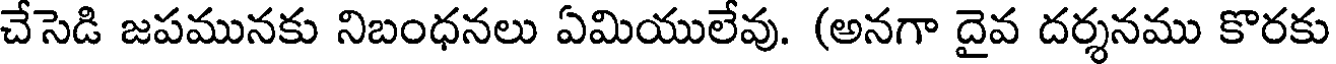
చేసెడి జపమునకు నిబంధనలు ఏమియులేవు. (అనగా దైవ దర్శనము కొరకు